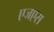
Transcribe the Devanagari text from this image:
एजएस